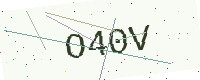
Text: O40V